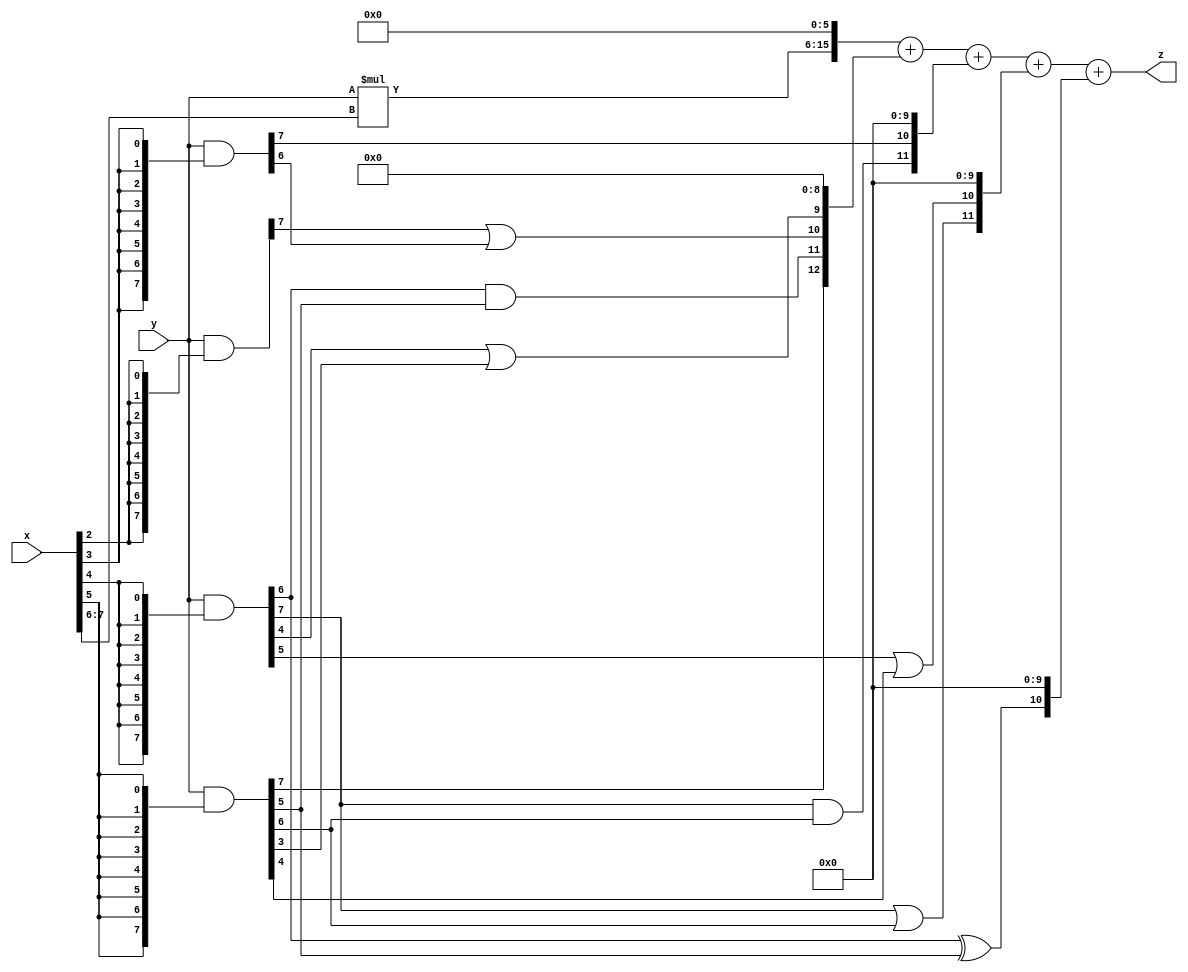
// terms: 9
// fval:  1083406.25

module unsigned_8x8_l6_lamb100000_4 (
	input [7:0] x,
	input [7:0] y,
	output [15:0] z
);

wire [9:0] tmp_z = y*x[7:6];

wire [7:0] part1 =  y & {8{x[0]}};
wire [7:0] part2 =  y & {8{x[1]}};
wire [7:0] part3 =  y & {8{x[2]}};
wire [7:0] part4 =  y & {8{x[3]}};
wire [7:0] part5 =  y & {8{x[4]}};
wire [7:0] part6 =  y & {8{x[5]}};

wire [12:0] new_part1;
assign new_part1[0] = 0;
assign new_part1[1] = 0;
assign new_part1[2] = 0;
assign new_part1[3] = 0;
assign new_part1[4] = 0;
assign new_part1[5] = 0;
assign new_part1[6] = 0;
assign new_part1[7] = 0;
assign new_part1[8] = 0;
assign new_part1[9] = part5[4] | part6[3];
assign new_part1[10] = part3[7] | part4[6];
assign new_part1[11] = part5[6] & part6[5];
assign new_part1[12] = part6[7];

wire [11:0] new_part2;
assign new_part2[0] = 0;
assign new_part2[1] = 0;
assign new_part2[2] = 0;
assign new_part2[3] = 0;
assign new_part2[4] = 0;
assign new_part2[5] = 0;
assign new_part2[6] = 0;
assign new_part2[7] = 0;
assign new_part2[8] = 0;
assign new_part2[9] = 0;
assign new_part2[10] = part4[7];
assign new_part2[11] = part5[7] & part6[6];

wire [11:0] new_part3;
assign new_part3[0] = 0;
assign new_part3[1] = 0;
assign new_part3[2] = 0;
assign new_part3[3] = 0;
assign new_part3[4] = 0;
assign new_part3[5] = 0;
assign new_part3[6] = 0;
assign new_part3[7] = 0;
assign new_part3[8] = 0;
assign new_part3[9] = 0;
assign new_part3[10] = part5[5] | part6[4];
assign new_part3[11] = part5[7] | part6[6];

wire [10:0] new_part4;
assign new_part4[0] = 0;
assign new_part4[1] = 0;
assign new_part4[2] = 0;
assign new_part4[3] = 0;
assign new_part4[4] = 0;
assign new_part4[5] = 0;
assign new_part4[6] = 0;
assign new_part4[7] = 0;
assign new_part4[8] = 0;
assign new_part4[9] = 0;
assign new_part4[10] = part5[6] ^ part6[5];

assign z = {tmp_z, 6'd 0} + new_part1 + new_part2 + new_part3 + new_part4;
endmodule